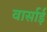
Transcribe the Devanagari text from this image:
वार्साई